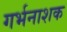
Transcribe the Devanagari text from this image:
गर्भनाशक